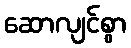
ဆောလျင်စွာ